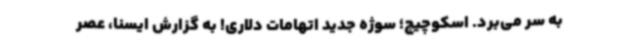
به سر می‌برد. اسکوچیچ؛ سوژه جدید اتهامات دلاری! به گزارش ایسنا، عصر